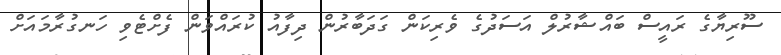
ސޫރިޔާގެ ރައީސް ބައްޝާރުލް އަސަދުގެ ވެރިކަން ގަދަބާރުން ދިފާއު ކުރައްވަން ފެށްޓެވި ހަނގުރާމައަށް